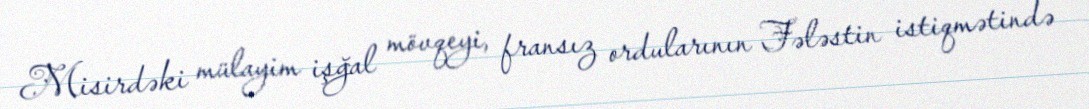
Misirdəki mülayim işğal mövqeyi, fransız ordularının Fələstin istiqmətində